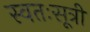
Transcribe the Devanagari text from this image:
स्वतःसूत्री